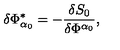
\delta \Phi _ { \alpha _ { 0 } } ^ { * } = - \frac { \delta S _ { 0 } } { \delta \Phi ^ { \alpha _ { 0 } } } ,